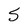
Character: 5